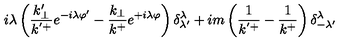
i \lambda \left( \frac { k _ { \perp } ^ { \prime } } { k ^ { ' + } } e ^ { - i \lambda \varphi ^ { \prime } } - \frac { k _ { \perp } } { k ^ { + } } e ^ { + i \lambda \varphi } \right) \delta _ { \lambda ^ { \prime } } ^ { \lambda } + i m \left( \frac { 1 } { k ^ { ' + } } - \frac { 1 } { k ^ { + } } \right) \delta _ { - \lambda ^ { \prime } } ^ { \lambda }